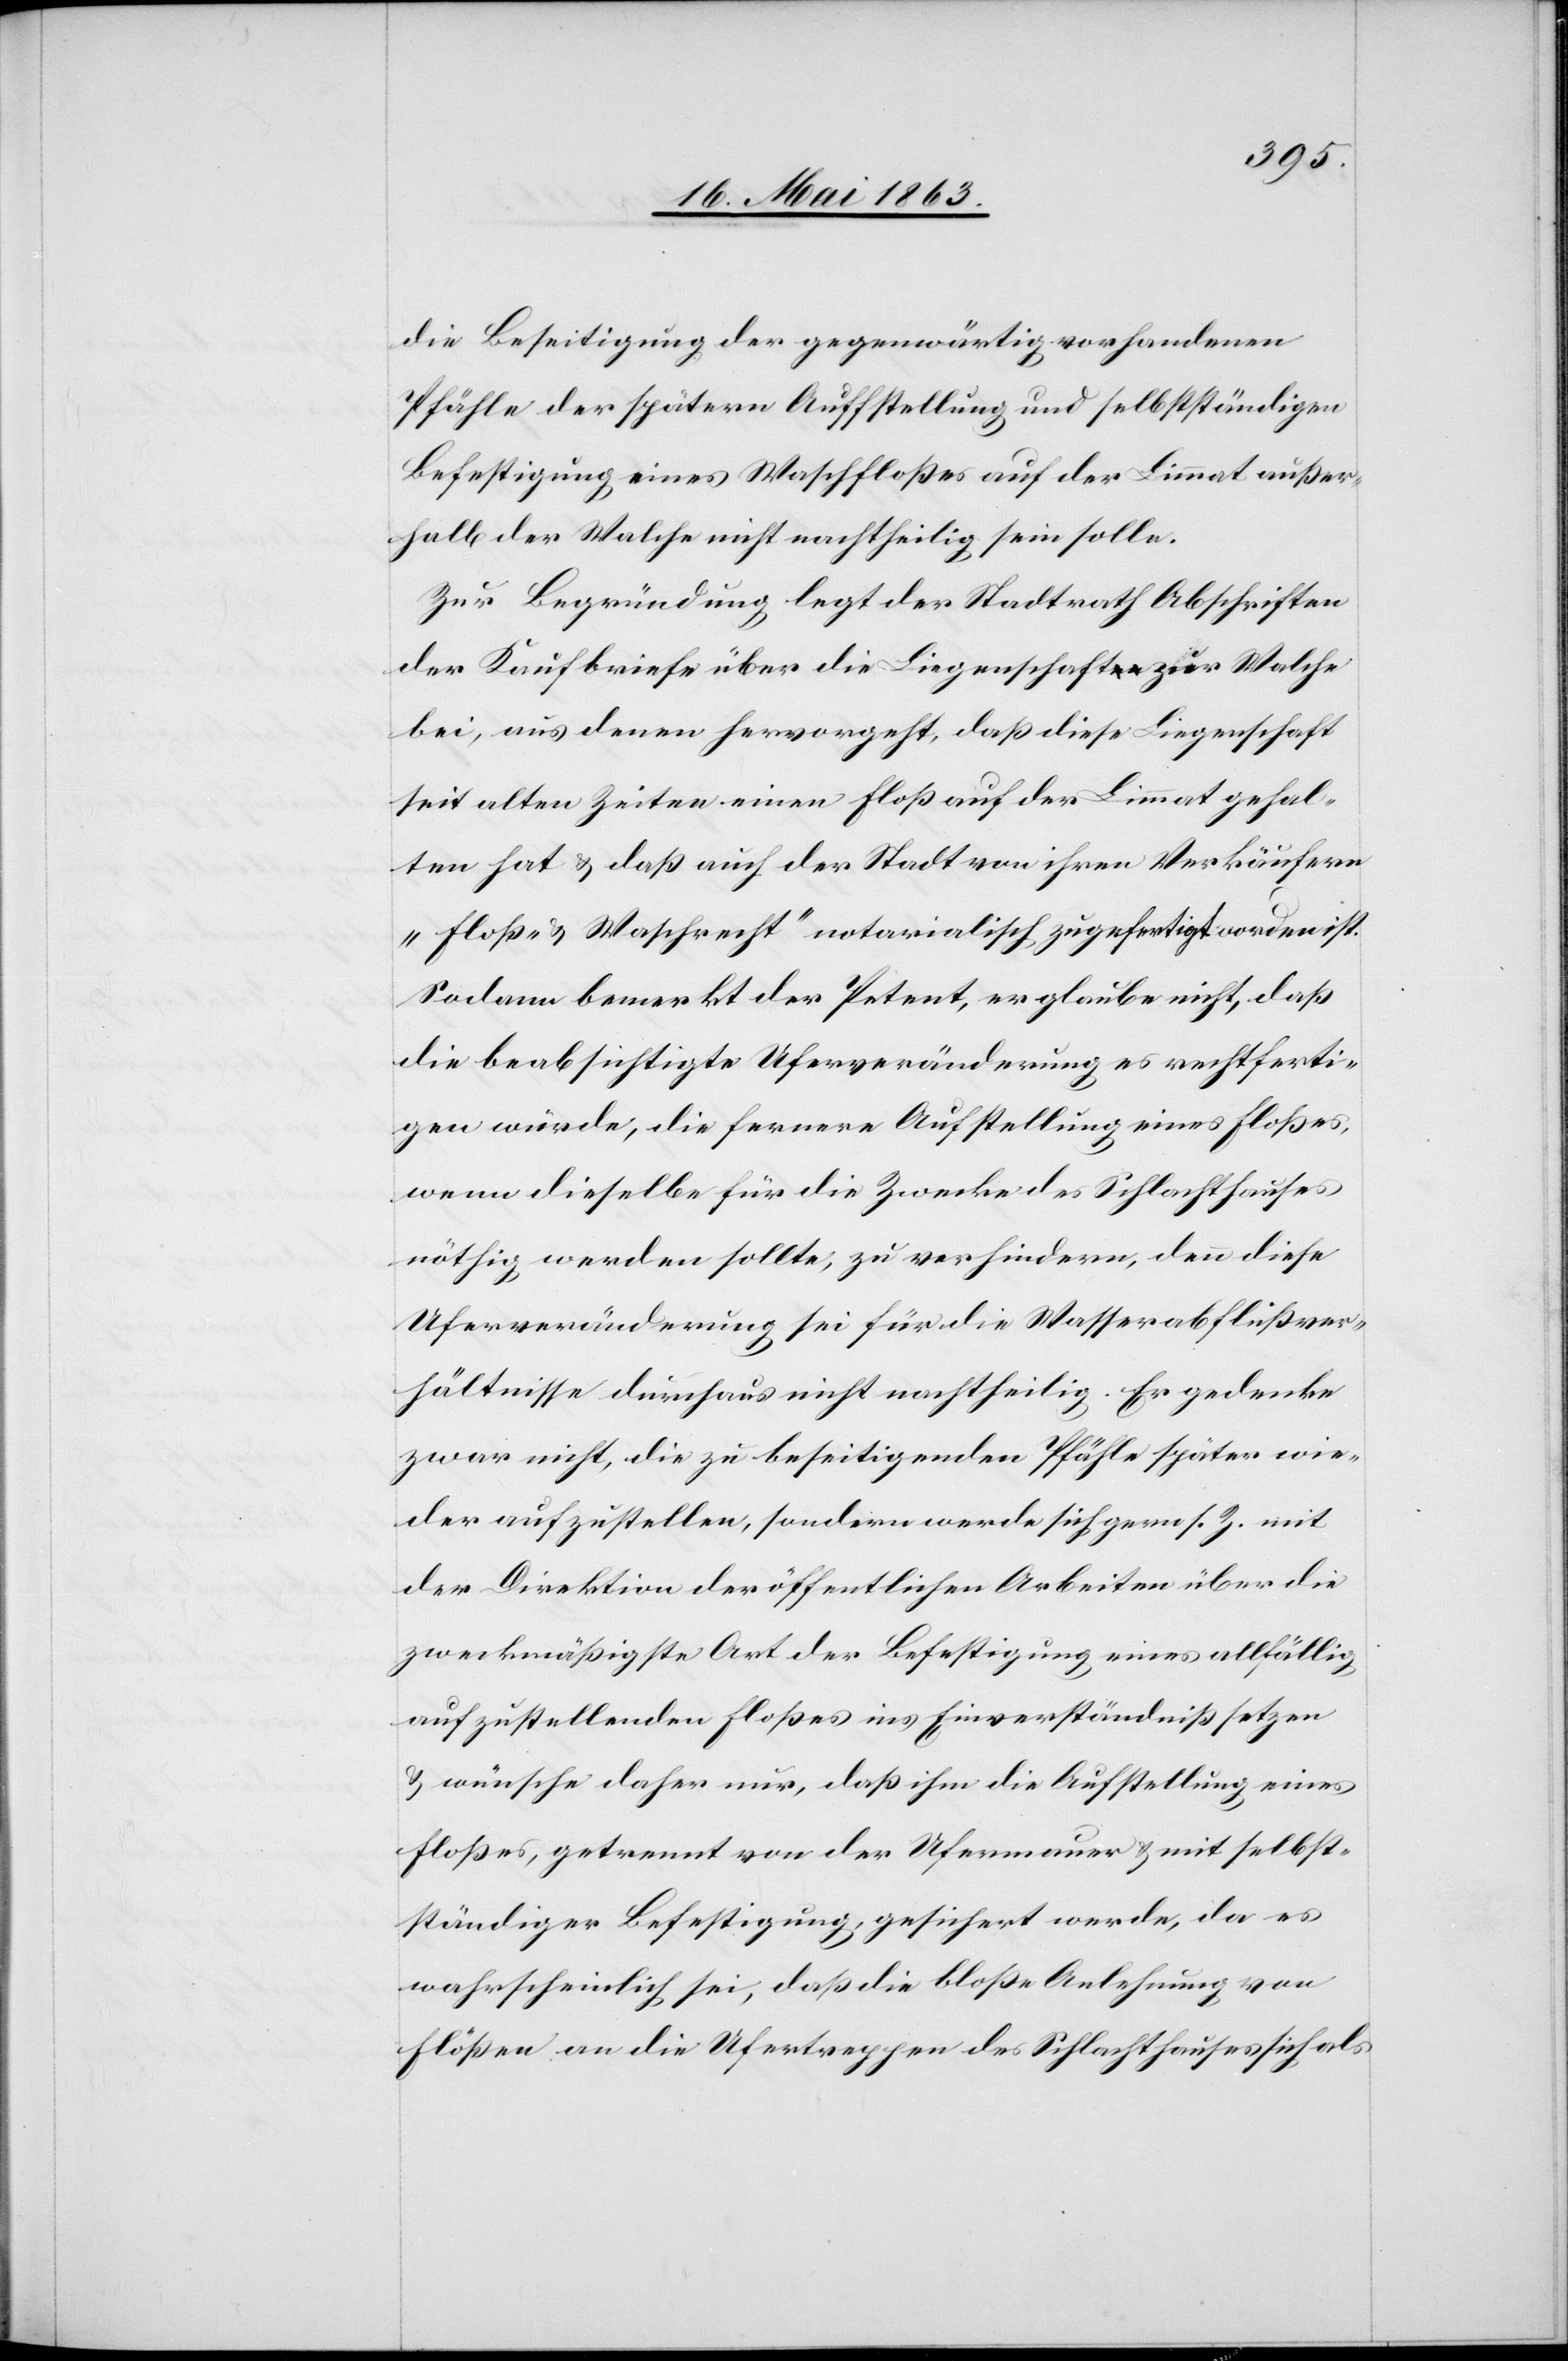
die Beseitigung der gegenwärtig vorhandenen
Pfähle der spätern Auffstellung [sic!] und selbstständigen
Befestigung eines Waschfloßes auf der Limmat außer¬
halb der Walche nicht nachtheilig sein solle.
Zur Begründung legt der Stadtrath Abschriften
der Kaufbriefe über die Liegenschaft zur Walche
bei, aus denen hervorgeht, daß diese Liegenschaft
seit alten Zeiten einen Floß auf der Limmat gehal¬
ten hat & daß auch der Stadt von ihren Verkäufern
„Floß- & Waschrecht“ notarialisch zugefertigt worden ist.
Sodann bemerkt der Petent, er glaube nicht, daß
die beabsichtigte Uferveränderung es rechtferti¬
gen würde, die fernere Aufstellung eines Floßes,
wenn dieselbe für die Zwecke des Schlachthauses
nöthig werden sollte, zu verhindern, denn diese
Uferveränderung sei für die Wasserabflußver¬
hältnisse durchaus nicht nachtheilig. Er gedenke
zwar nicht, die zu beseitigenden Pfähle später wie¬
der aufzustellen, sondern werde sich gern s. Z. mit
der Direktion der öffentlichen Arbeiten über die
zweckmäßigste Art der Befestigung eines allfällig
aufzustellenden Floßes ins Einverständniß setzen
& wünsche daher nur, daß ihm die Aufstellung eines
Floßes, getrennt von der Ufermauer & mit selbst¬
ständiger Befestigung, gesichert werde, da es
wahrscheinlich sei, daß die bloße Anlehnung von
Flößen an die Ufertreppen des Schlachthauses sich als